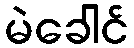
မဲခေါင်